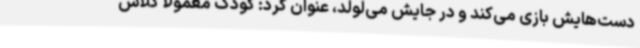
دست‌هایش بازی می‌کند و در جایش می‌لولد، عنوان کرد: کودک معمولاً کلاس